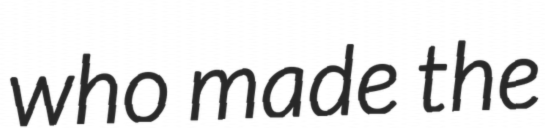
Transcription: who made the